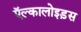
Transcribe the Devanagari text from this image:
ऍल्कालोइड़स